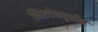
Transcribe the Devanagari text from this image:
निरपेक्षवृत्तीने